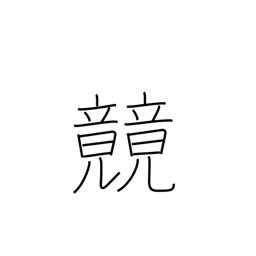
Meaning: race